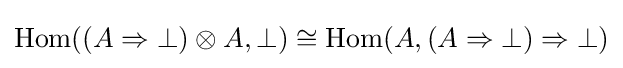
\mathrm {Hom} ((A\Rightarrow \bot )\otimes A,\bot )\cong \mathrm {Hom} (A,(A\Rightarrow \bot )\Rightarrow \bot )